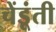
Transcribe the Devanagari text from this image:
चेंडूंती